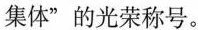
集体”的光荣称号。